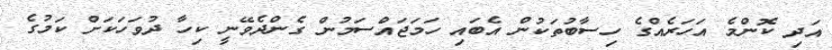
އަދި ކޮންމެ އަހަރެއްގެ ހިސާބުތަކުން އެބައި ހަމަޖައްސަމުން ގެންދެވޭނީ ކިހާ ދުވަހަކަށް ކަމުގެ